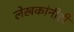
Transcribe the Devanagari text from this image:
लेखकांनीही